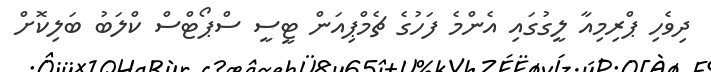
ދިވެހި ޕްރިމިއާ ލީގުގައި އެންމެ ފަހުގެ ޗެމްޕިއަން ޓީސީ ސްޕޯޓްސް ކްލަބު ބަލިކޮށް